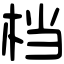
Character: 档